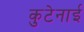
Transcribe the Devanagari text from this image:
कुटेनाई